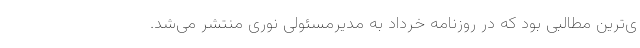
ی‌ترین مطالبی بود که در روزنامه خرداد به مدیرمسئولی نوری منتشر می‌شد.